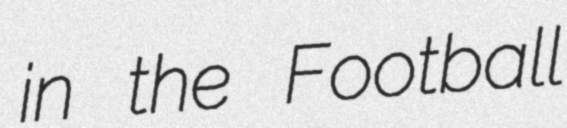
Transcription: in the Football